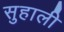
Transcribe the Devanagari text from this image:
सुहाली